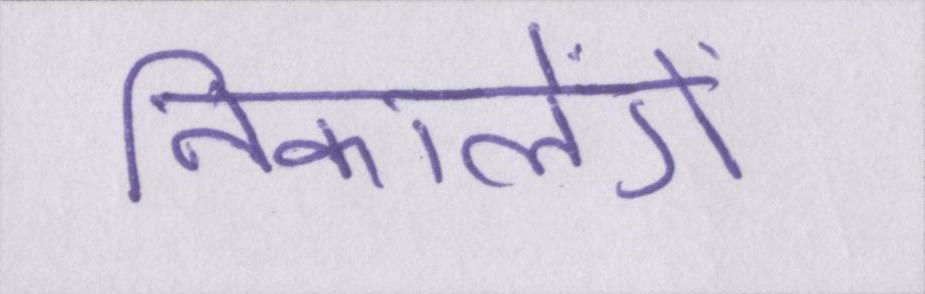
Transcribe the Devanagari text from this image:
निकालेंगे